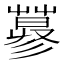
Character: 𱾕